Leaving Certificate Examination (including Day School Certificate (Higher) General paper), 1928
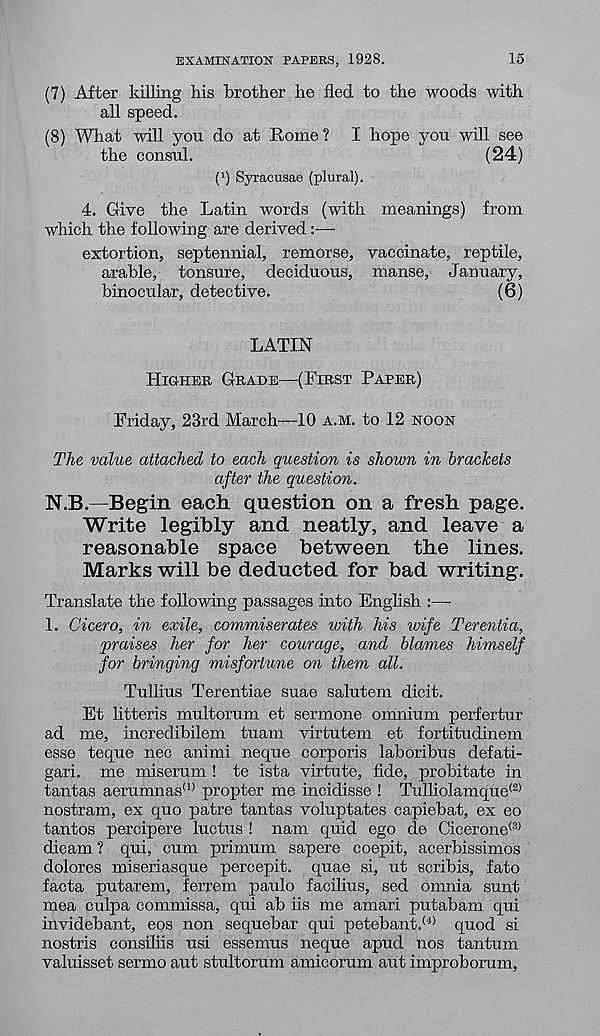
EXAMINATION PAPERS, 1928.
15
(7) After killing his brother he fled to the woods with
all speed.
(8) What will you do at Rome? I hope you will see
the consul.
(24)
P) Syracusae (plural).
4. Give the Latin words (with meanings) from
which the following are derived :■—•
extortion, septennial, remorse, vaccinate, reptile,
arable, tonsure, deciduous, manse, January,
binocular, detective.
(6)
LATIN
HIGHER GRADE—(FIRST PAPER)
Friday, 23rd March—10 A.M. to 12 NOON
The value attached to each question is shoum in brackets
after the question.
N.B.—Begin each question on a fresh page.
Write legibly and neatly, and leave a
reasonable space between the lines.
Marks will be deducted for bad writing.
Translate the following passages into English :—
1. Cicero, in exile, commiserates with his wife Terentia,
praises her for her courage, and blames himself
for bringing misfortune on them all.
Tullius Terentiae suae salutem dicit.
Et litteris multorum et sermone omnium perfertur
ad me, incredibilem tuam virtutem et fortitudinem
esse teque nec animi neque corporis laboribus defati-
gari. me miserum ! te ista virtute, fide, probitate in
tantas aerumnas (1) propter me incidisse ! Tulliolamque (2)
nostram, ex quo patre tantas voluptates capiebat, ex eo
tantos percipere luctus ! nam quid ego de Cicerone®
dicam ? qui, cum primum sapere coepit, acerbissimos
dolores miseriasque percepit. quae si, ut scribis, fato
facta putarem, ferrem paulo facilius, sed omnia sunt
mea culpa commissa, qui ab iis me amari putabam qui
invidebant, eos non sequebar qui petebant. <4> quod si
nostris consiflis usi essemus neque apud nos tantum
valuisset sermo aut stultorum amicorum aut improborum,